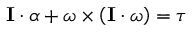
\mathbf { I } \cdot { \boldsymbol { \alpha } } + { \boldsymbol { \omega } } \times \left( \mathbf { I } \cdot { \boldsymbol { \omega } } \right) = { \boldsymbol { \tau } }